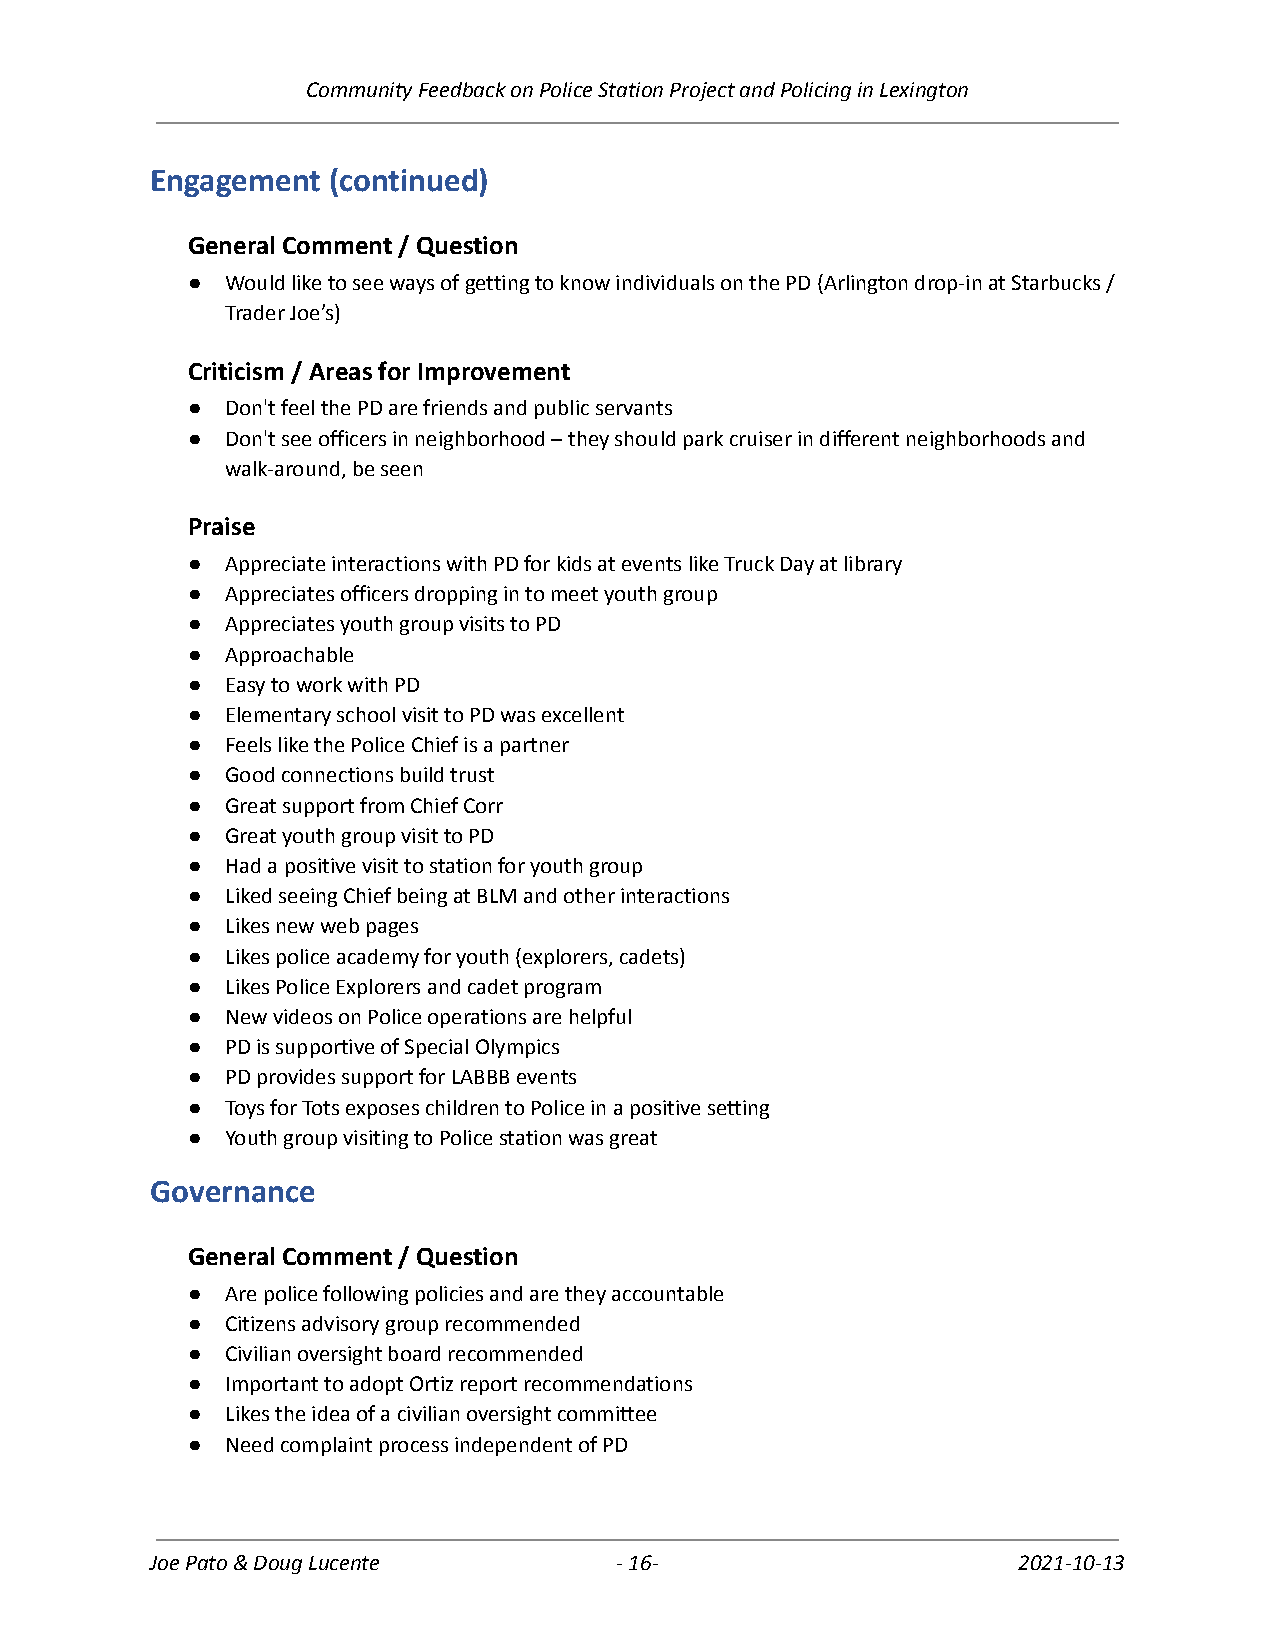
Community Feedback on Police Station Project and Policing in Lexington
 Engagement  (continued)
 General Comment / Question
 ●  Would like to see ways of getting to know individuals on the PD (Arlington drop-in at Starbucks /
 Trader Joe’s)
 Criticism / Areas for Improvement
 ●  Don't feel the PD are friends and public servants
 ●  Don't see officers in neighborhood – they should park cruiser in different neighborhoods and
 walk-around, be seen
 Praise
 ●  Appreciate interactions with PD for kids at events like Truck Day at library
 ●  Appreciates officers dropping in to meet youth group
 ●  Appreciates youth group visits to PD
 ●  Approachable
 ●  Easy to work with PD
 ●  Elementary school visit to PD was excellent
 ●  Feels like the Police Chief is a partner
 ●  Good connections build trust
 ●  Great support from Chief Corr
 ●  Great youth group visit to PD
 ●  Had a positive visit to station for youth group
 ●  Liked seeing Chief being at BLM and other interactions
 ●  Likes new web pages
 ●  Likes police academy for youth (explorers, cadets)
 ●  Likes Police Explorers and cadet program
 ●  New videos on Police operations are helpful
 ●  PD is supportive of Special Olympics
 ●  PD provides support for LABBB events
 ●  Toys for Tots exposes children to Police in a positive setting
 ●  Youth group visiting to Police station was great
 Governance
 General Comment / Question
 ●  Are police following policies and are they accountable
 ●  Citizens advisory group recommended
 ●  Civilian oversight board recommended
 ●  Important to adopt Ortiz report recommendations
 ●  Likes the idea of a civilian oversight committee
 ●  Need complaint process independent of PD
 Joe Pato & Doug Lucente        -16-                      2021-10-13